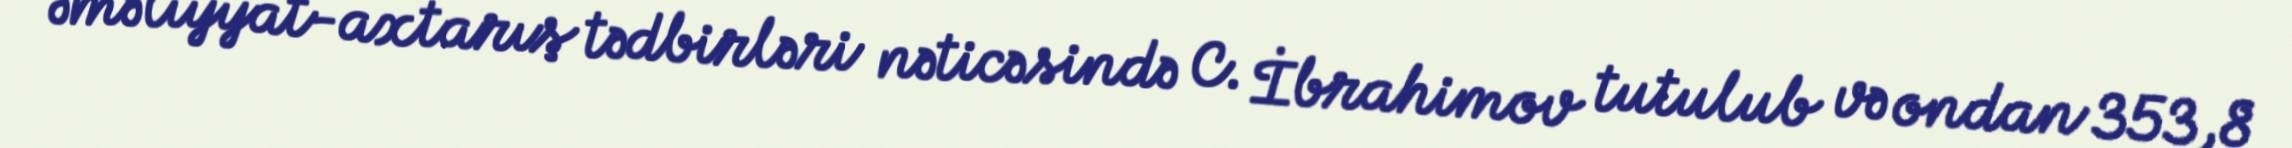
əməliyyat-axtarış tədbirləri nəticəsində C. İbrahimov tutulub və ondan 353,8